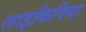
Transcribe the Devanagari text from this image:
लाइकिपिया